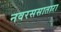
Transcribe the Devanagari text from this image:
नवरससातारा